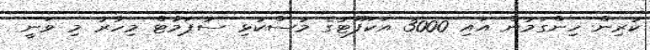
ކުރިން ހިންގަމުން އައި 3000 އަކަފޫޓުގެ މުސްކުޅި ސުޕަމާޓް މިހާރު މި ވަނީ